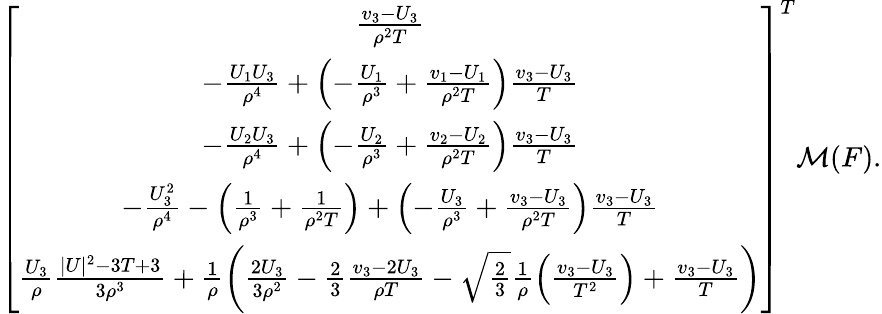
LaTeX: \begin{array}{r}{\left[{\begin{array}{c}{\frac{v_{3}-U_{3}}{\rho^{2}T}}\\ {-\frac{U_{1}U_{3}}{\rho^{4}}+\left(-\frac{U_{1}}{\rho^{3}}+\frac{v_{1}-U_{1}}{\rho^{2}T}\right)\frac{v_{3}-U_{3}}{T}}\\ {-\frac{U_{2}U_{3}}{\rho^{4}}+\left(-\frac{U_{2}}{\rho^{3}}+\frac{v_{2}-U_{2}}{\rho^{2}T}\right)\frac{v_{3}-U_{3}}{T}}\\ {-\frac{U_{3}^{2}}{\rho^{4}}-\left(\frac{1}{\rho^{3}}+\frac{1}{\rho^{2}T}\right)+\left(-\frac{U_{3}}{\rho^{3}}+\frac{v_{3}-U_{3}}{\rho^{2}T}\right)\frac{v_{3}-U_{3}}{T}}\\ {\frac{U_{3}}{\rho}\frac{|U|^{2}-3T+3}{3\rho^{3}}+\frac{1}{\rho}\left(\frac{2U_{3}}{3\rho^{2}}-\frac{2}{3}\frac{v_{3}-2U_{3}}{\rho T}-\sqrt{\frac{2}{3}}\frac{1}{\rho}\left(\frac{v_{3}-U_{3}}{T^{2}}\right)+\frac{v_{3}-U_{3}}{T}\right)}\end{array}}\right]^{T}\mathcal{M}(F).}\end{array}